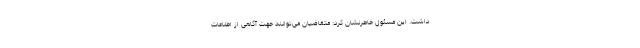
داشت. این مسئول خاطرنشان کرد: متقاضیان می‌توانند جهت آگاهی از اطلاعات